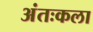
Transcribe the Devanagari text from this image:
अंतःकला